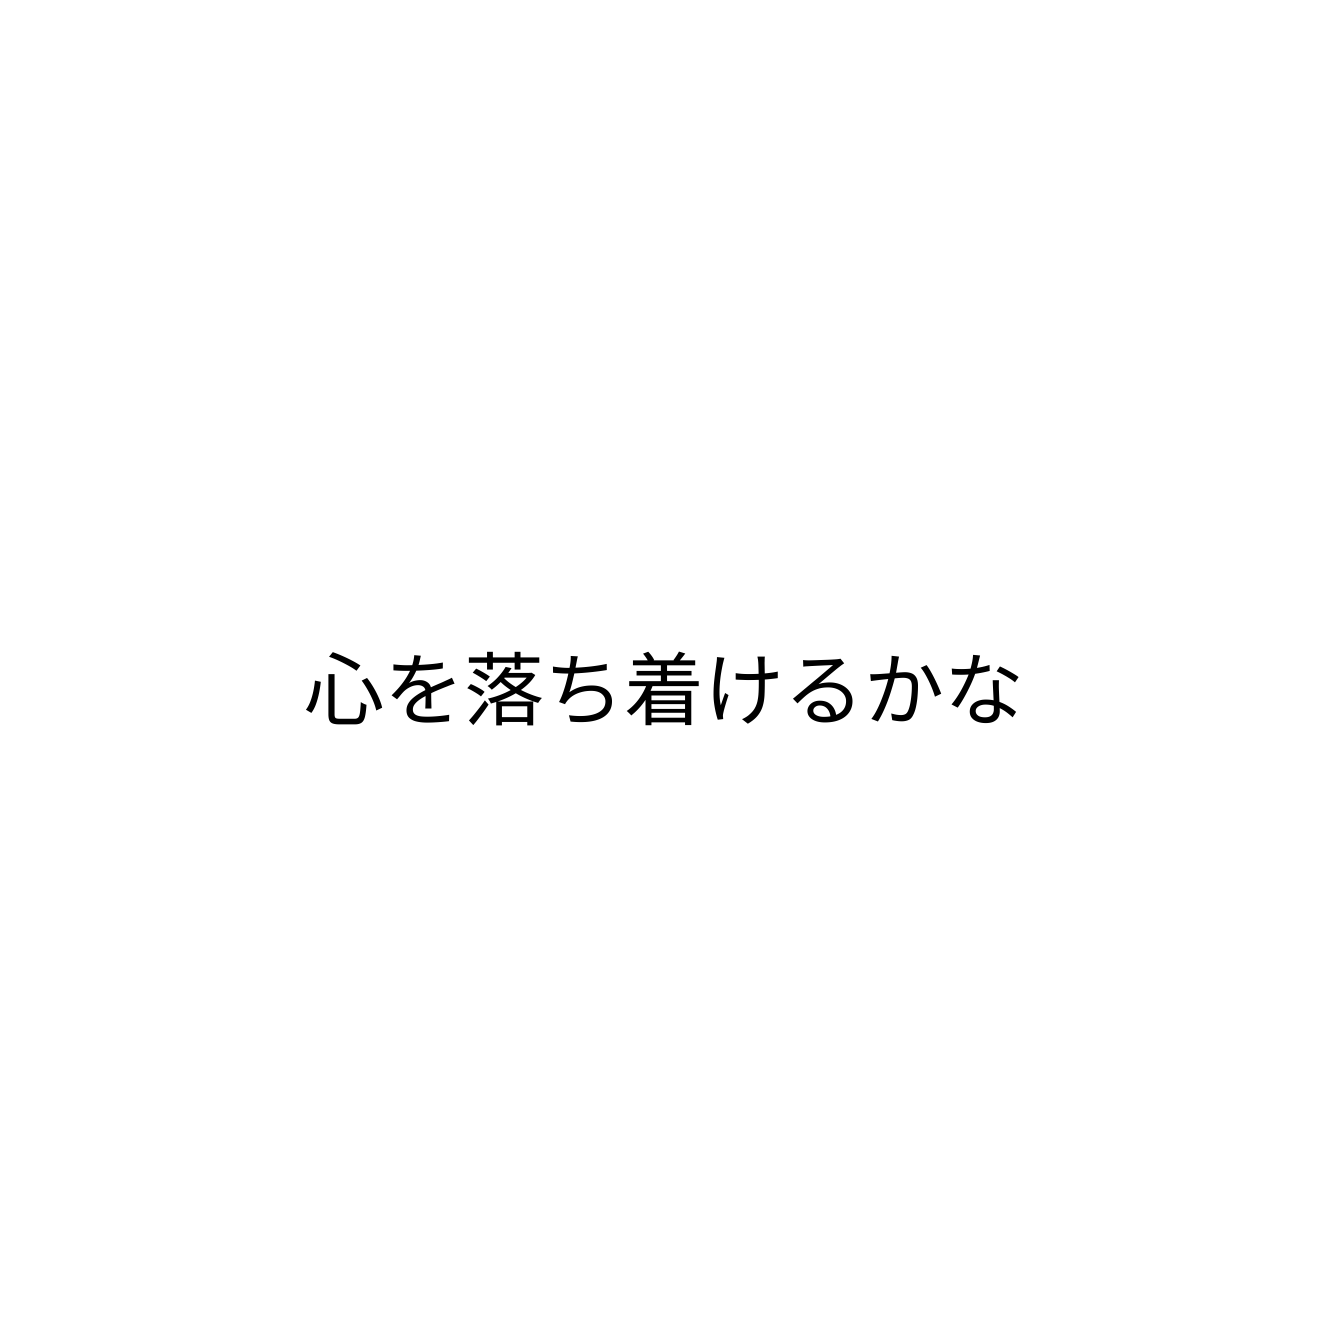
心を落ち着けるかな